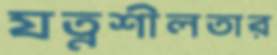
যত্নশীলতার